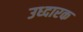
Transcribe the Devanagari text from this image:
उध्दारक